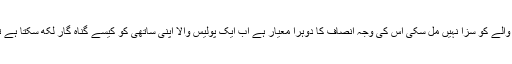
آج تک کسی مجرم پولیس والے کو سزا نہیں مل سکی اس کی وجہ انصاف کا دوہرا معیار ہے اب ایک پولیس والا اپنی ساتھی کو کیسے گناہ گار لکھ سکتا ہے تھانے آج بھی بکتے ہیں ۔